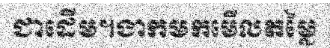
ជាដើម។ងាកមកមើលតម្លៃ